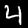
Label: 4